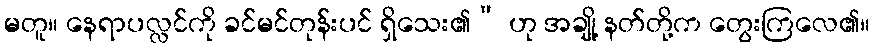
မတူ။ နေရာပလ္လင်ကို ခင်မင်တုန်းပင် ရှိသေး၏” ဟု အချို့ နတ်တို့က တွေးကြလေ၏။